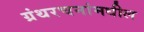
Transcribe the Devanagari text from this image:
ग्रंथरचनांमधील